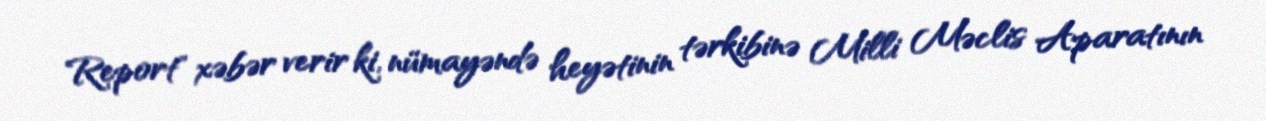
Report" xəbər verir ki, nümayəndə heyətinin tərkibinə Milli Məclis Aparatının